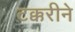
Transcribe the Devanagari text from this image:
टक्करीने